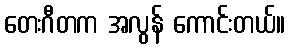
တေးဂီတက အလွန် ကောင်းတယ်။